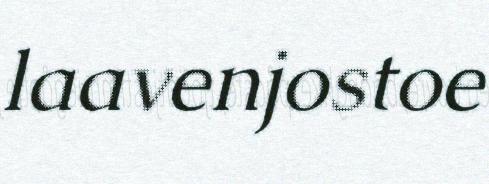
laavenjostoe